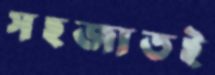
সহজাতই